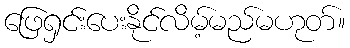
ဖြေရှင်းပေးနိုင်လိမ့်မည်မဟုတ်။